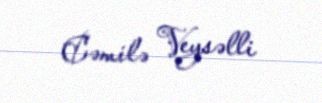
Cəmilə Veysəlli